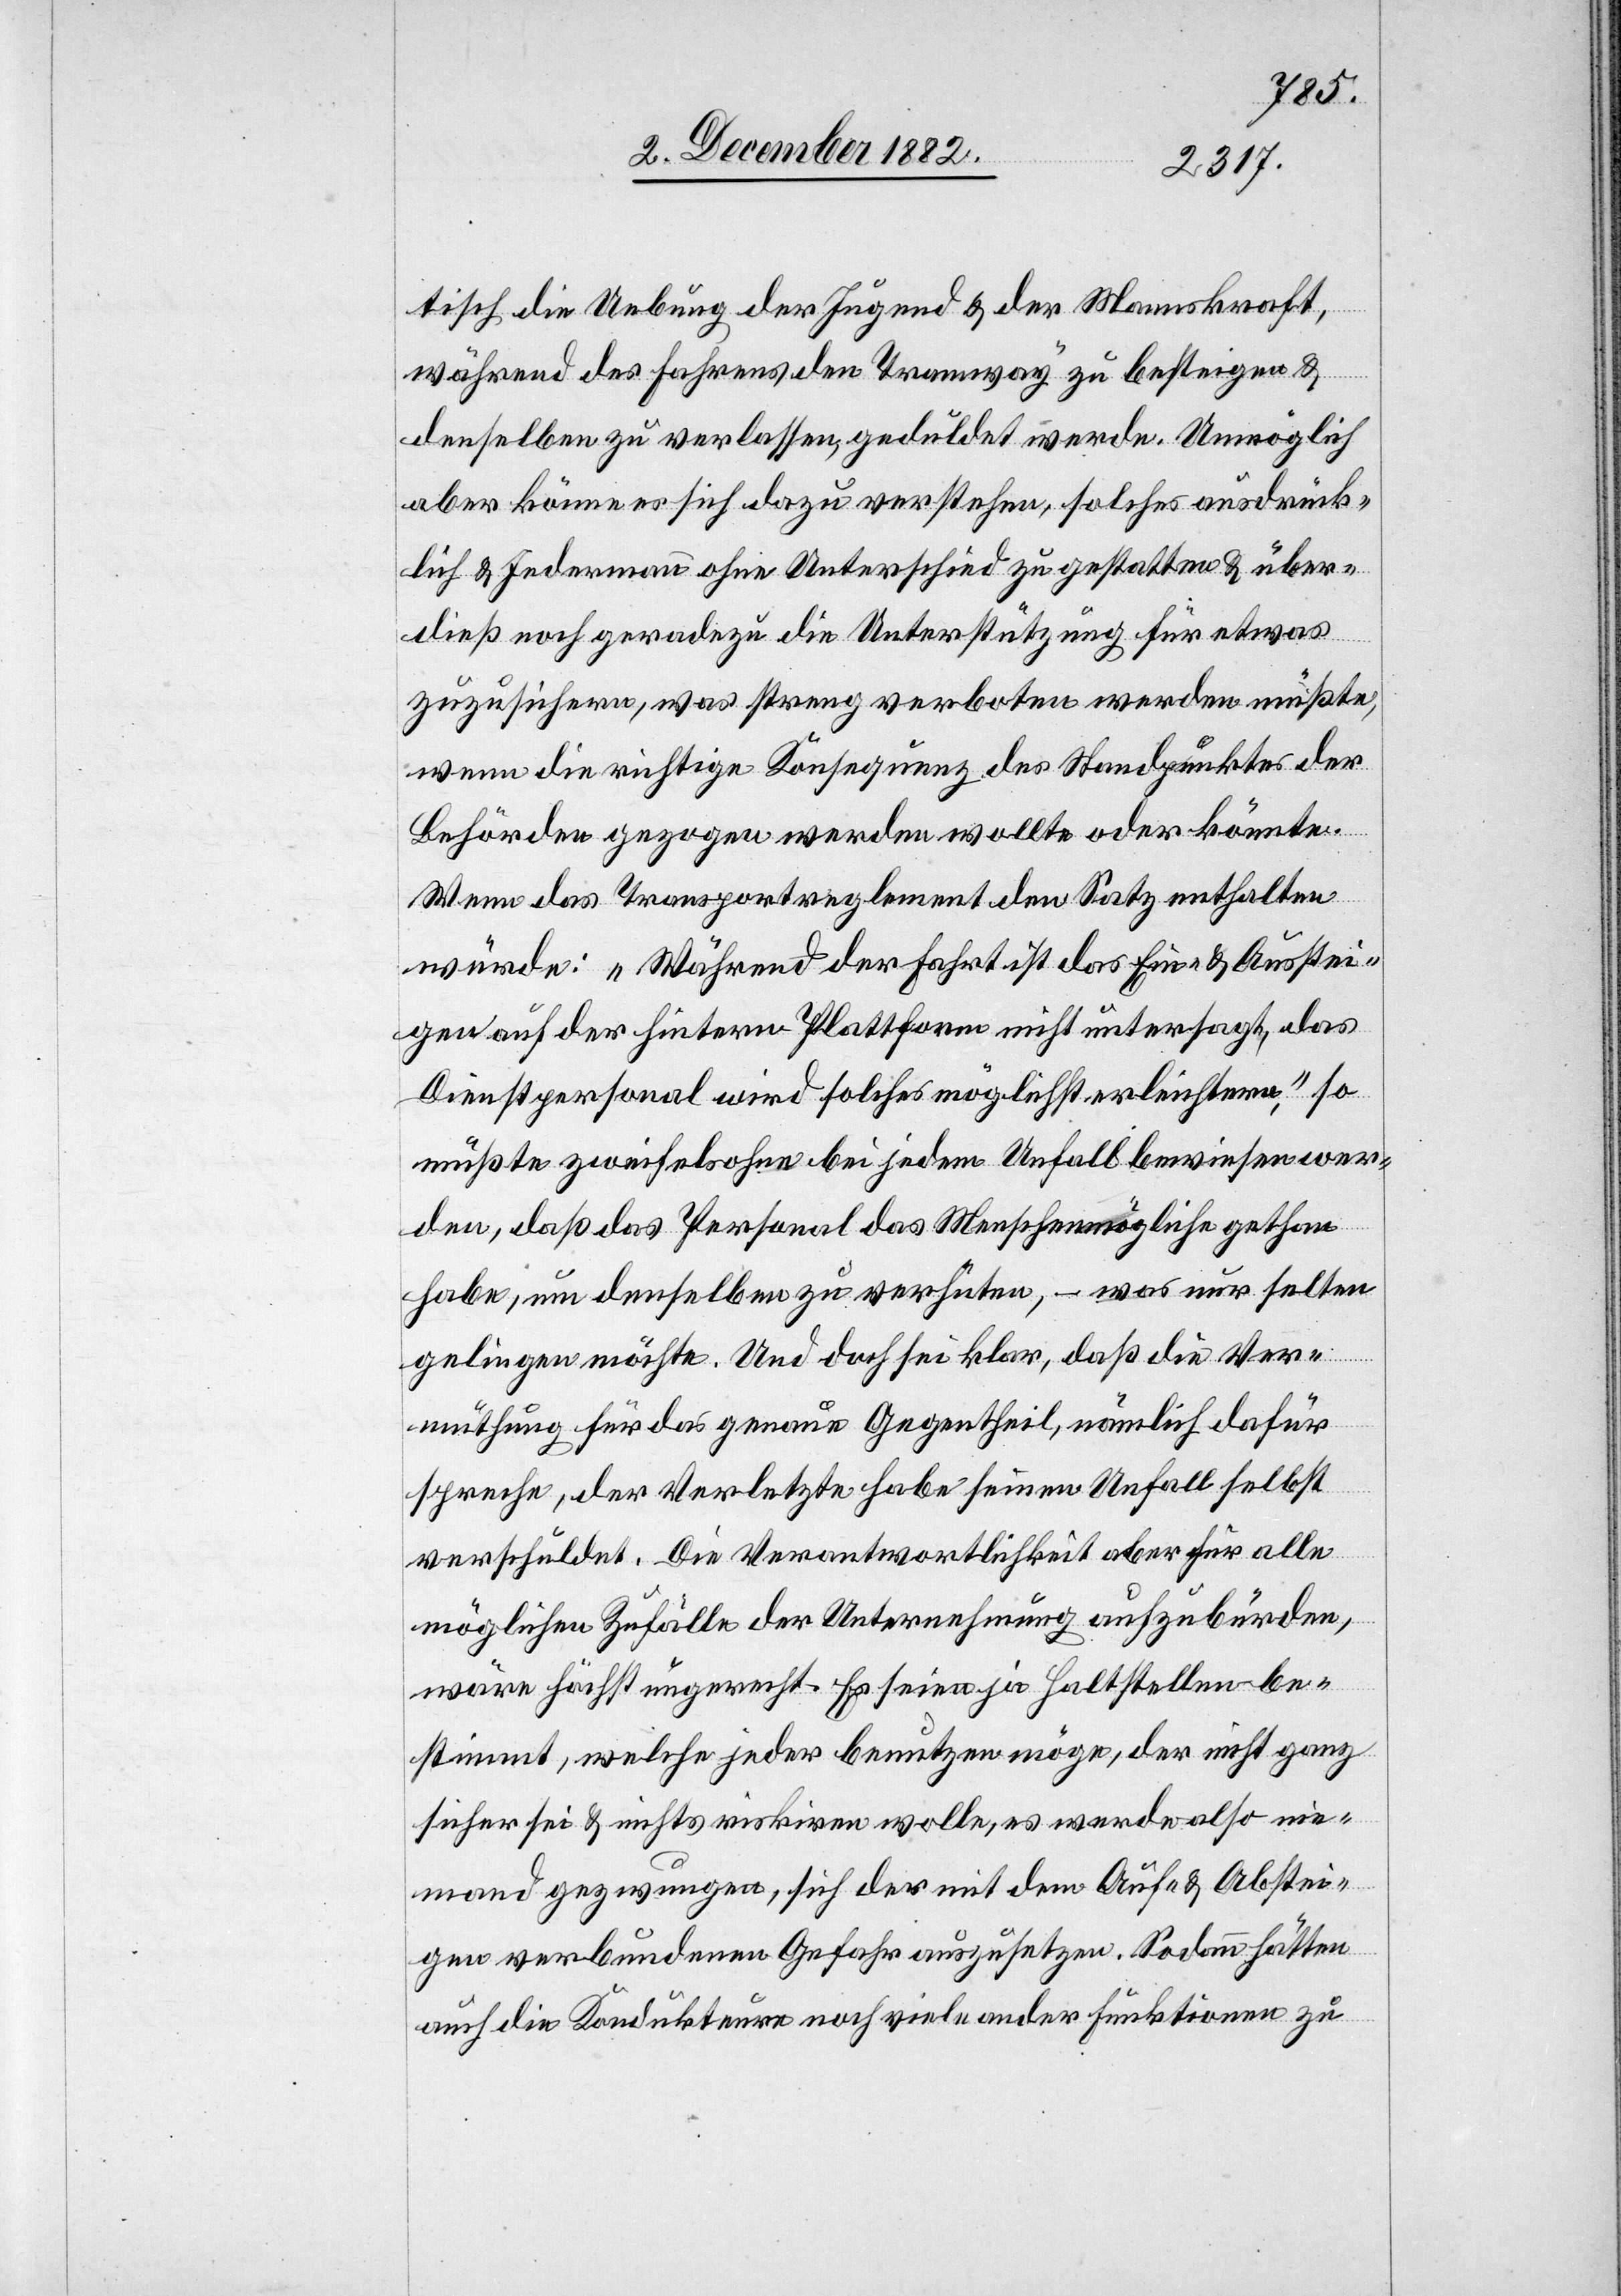
tisch die Uebung der Jugend & der Mannskraft,
während des Fahrens den Tramway zu besteigen &
denselben zu verlassen, geduldet werde. Unmöglich
aber könne es sich dazu verstehen, solches ausdrück¬
lich & jedermann ohne Unterschied zu gestatten & über¬
dieß noch geradezu die Unterstützung für etwas
zuzusichern, was streng verboten werden müßte,
wenn die richtige Konsequenz des Standpunktes der
Behörden gezogen werden wollte oder könnte.
Wenn das Transportreglement den Satz enthalten
würde: „Während der Fahrt ist das Ein- & Ausstei¬
gen auf der hintern Plattform nicht untersagt, das
Dienstpersonal wird solches möglichst erleichtern“, so
müßte zweifelsohne bei jedem Unfall bewiesen wer¬
den, daß das Personal das Menschenmögliche gethan
habe, um denselben zu verhüten, – was nur selten
gelingen möchte. Und doch sei klar, daß die Ver¬
muthung für das genaue Gegentheil, nämlich dafür
spreche, der Verletzte habe seinen Unfall selbst
verschuldet. Die Verantwortlichkeit aber für alle
möglichen Zufälle der Unternehmung aufzubürden,
wäre höchst ungerecht. Es seien ja Haltstellen be¬
stimmt, welche jeder benutzen möge, der nicht ganz
sicher sei & nichts riskiren wolle, es werde also nie¬
mand gezwungen, sich der mit dem Auf- & Abstei¬
gen verbundenen Gefahr auszusetzen. Sodann hätten
auch die Kondukteure noch viele ander[e] Funktionen zu